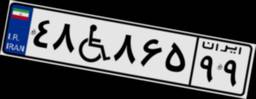
۴۴W۰۳۳۲۵